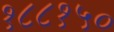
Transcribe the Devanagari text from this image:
१८८१५०